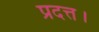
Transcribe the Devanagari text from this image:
प्रदत्त।